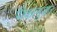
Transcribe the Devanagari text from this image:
पीकांनुसार